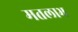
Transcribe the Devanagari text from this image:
मतलाभ